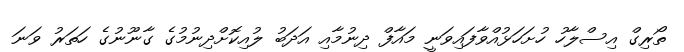
ތޯރިގް އިސްލާހު ހުށަހަޅުއްވާފައިވަނީ މައާފް ދިނުމާއި އަދަބު ލުއިކޮށްދިނުމުގެ ގާނޫނުގެ ހަތަރު ވަނަ